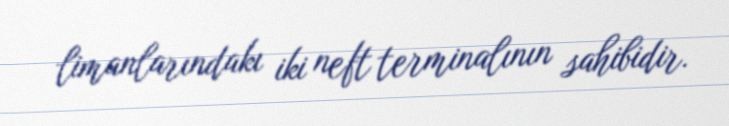
limanlarındakı iki neft terminalının sahibidir.